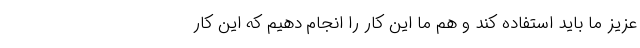
عزیز ما باید استفاده کند و هم ما این کار را انجام دهیم که این کار